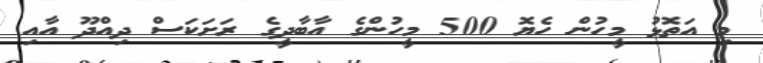
މި އަތޮޅު މީހުން ހެޔޮ 500 މީހުންގެ އާބާދީގެ ރަށަކަސް ދިއްދޫ އާއި